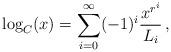
LaTeX: \begin{align*} \log_C(x)=\sum_{i=0}^\infty(-1)^i\frac{x^{r^i}}{L_i}\,, \end{align*}